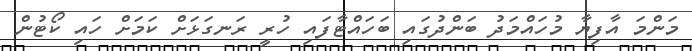
މަންމަ އާފިޔާ މުހައްމަދު ބަންދުގައި ބަހައްޓާފައި ހުރީ ރަނގަޅަށް ކަމަށް ހައި ކޯޓުން